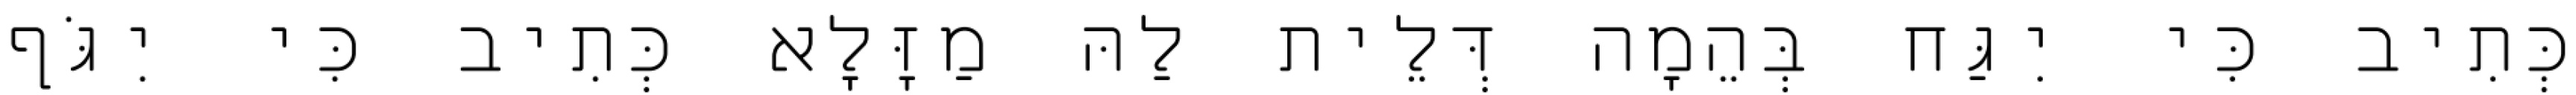
כְּתִיב כִּי יִגַּח בְּהֵמָה דְּלֵית לַהּ מַזָּלָא כְּתִיב כִּי יִגֹּף